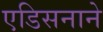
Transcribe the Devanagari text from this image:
एडिसनाने